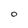
Character: O